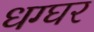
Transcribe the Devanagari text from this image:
धग्घर